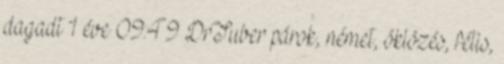
dagadt 1 éve 09:49 DrTuber párok, német, öklözés, fétis,